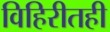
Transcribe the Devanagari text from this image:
विहिरीतही